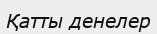
Қатты денелер